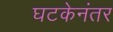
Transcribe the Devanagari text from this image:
घटकेनंतर